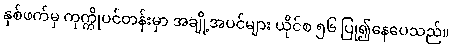
နှစ်ဖက်မှ ကုက္ကိုပင်တန်းမှာ အချို့အပင်များ ယိုင်စ ၅၆ ပြု၍နေပေသည်။